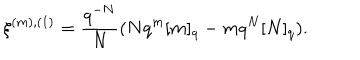
\xi ^ { ( m ) , ( 1 ) } = \frac { q ^ { - N } } { N } ( N q ^ { m } [ m ] _ { q } - m q ^ { N } [ N ] _ { q } ) .